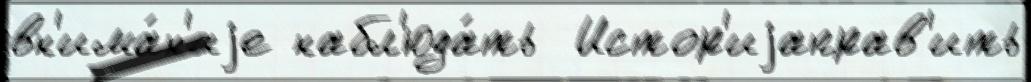
вн'има́н'иjе набл'юда́ть  Истор'иjаправ'ить